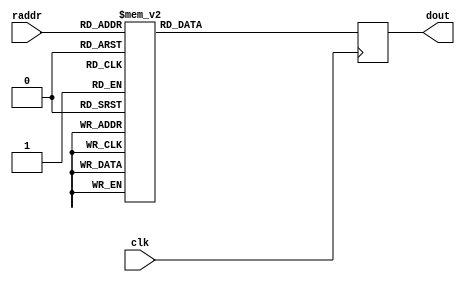

/*
The designers:

Ahmet Can Mert <ahmetcanmert@sabanciuniv.edu>
Ferhat Yaman <ferhatyaman@sabanciuniv.edu>

To the extent possible under law, the implementer has waived all copyright
and related or neighboring rights to the source code in this file.
http://creativecommons.org/publicdomain/zero/1.0/
*/


// read latency is 1 cc

module BROM (input             clk,
             input      [7:0]  raddr,
             output reg [47:0] dout);
// bram
(* rom_style="block" *) reg [12*4-1:0] blockrom [255:0]; // 222 is enough

// read operation
always @(posedge clk) begin
    case(raddr)
    // W
    8'd0  : dout <= {12'h6c1,12'h6c1,12'h6c1,12'h6c1};
    8'd1  : dout <= {12'ha14,12'ha14,12'ha14,12'ha14};
    8'd2  : dout <= {12'hcd9,12'hcd9,12'hcd9,12'hcd9};
    8'd3  : dout <= {12'ha52,12'ha52,12'ha52,12'ha52};
    8'd4  : dout <= {12'h276,12'h276,12'h276,12'h276};
    8'd5  : dout <= {12'h769,12'h769,12'h769,12'h769};
    8'd6  : dout <= {12'h350,12'h350,12'h350,12'h350};
    8'd7  : dout <= {12'h426,12'h426,12'h426,12'h426};
    8'd8  : dout <= {12'h77f,12'h77f,12'h77f,12'h77f};
    8'd9  : dout <= {12'hc1 ,12'hc1 ,12'hc1 ,12'hc1 };
    8'd10 : dout <= {12'h31d,12'h31d,12'h31d,12'h31d};
    8'd11 : dout <= {12'hae2,12'hae2,12'hae2,12'hae2};
    8'd12 : dout <= {12'hcbc,12'hcbc,12'hcbc,12'hcbc};
    8'd13 : dout <= {12'h239,12'h239,12'h239,12'h239};
    8'd14 : dout <= {12'h6d2,12'h6d2,12'h6d2,12'h6d2};
    8'd15 : dout <= {12'h128,12'h128,12'h128,12'h128};
    8'd16 : dout <= {12'h98f,12'h98f,12'h98f,12'h98f};
    8'd17 : dout <= {12'h53b,12'h53b,12'h53b,12'h53b};
    8'd18 : dout <= {12'h5c4,12'h5c4,12'h5c4,12'h5c4};
    8'd19 : dout <= {12'hbe6,12'hbe6,12'hbe6,12'hbe6};
    8'd20 : dout <= {12'h38 ,12'h38 ,12'h38 ,12'h38 };
    8'd21 : dout <= {12'h8c0,12'h8c0,12'h8c0,12'h8c0};
    8'd22 : dout <= {12'h535,12'h535,12'h535,12'h535};
    8'd23 : dout <= {12'h592,12'h592,12'h592,12'h592};
    8'd24 : dout <= {12'h82e,12'h82e,12'h82e,12'h82e};
    8'd25 : dout <= {12'h217,12'h217,12'h217,12'h217};
    8'd26 : dout <= {12'hb42,12'hb42,12'hb42,12'hb42};
    8'd27 : dout <= {12'h959,12'h959,12'h959,12'h959};
    8'd28 : dout <= {12'hb3f,12'hb3f,12'hb3f,12'hb3f};
    8'd29 : dout <= {12'h7b6,12'h7b6,12'h7b6,12'h7b6};
    8'd30 : dout <= {12'h335,12'h335,12'h335,12'h335};
    8'd31 : dout <= {12'h121,12'h121,12'h121,12'h121};
    8'd32 : dout <= {12'h14b,12'h14b,12'h14b,12'h14b};
    8'd33 : dout <= {12'hcb5,12'hcb5,12'hcb5,12'hcb5};
    8'd34 : dout <= {12'h6dc,12'h6dc,12'h6dc,12'h6dc};
    8'd35 : dout <= {12'h4ad,12'h4ad,12'h4ad,12'h4ad};
    8'd36 : dout <= {12'h900,12'h900,12'h900,12'h900};
    8'd37 : dout <= {12'h8e5,12'h8e5,12'h8e5,12'h8e5};
    8'd38 : dout <= {12'h807,12'h807,12'h807,12'h807};
    8'd39 : dout <= {12'h28a,12'h28a,12'h28a,12'h28a};
    8'd40 : dout <= {12'h7b9,12'h7b9,12'h7b9,12'h7b9};
    8'd41 : dout <= {12'h9d1,12'h9d1,12'h9d1,12'h9d1};
    8'd42 : dout <= {12'h278,12'h278,12'h278,12'h278};
    8'd43 : dout <= {12'hb31,12'hb31,12'hb31,12'hb31};
    8'd44 : dout <= {12'h21 ,12'h21 ,12'h21 ,12'h21 };
    8'd45 : dout <= {12'h528,12'h528,12'h528,12'h528};
    8'd46 : dout <= {12'h77b,12'h77b,12'h77b,12'h77b};
    8'd47 : dout <= {12'h90f,12'h90f,12'h90f,12'h90f};
    8'd48 : dout <= {12'h59b,12'h59b,12'h59b,12'h59b};
    8'd49 : dout <= {12'h327,12'h327,12'h327,12'h327};
    8'd50 : dout <= {12'h1c4,12'h1c4,12'h1c4,12'h1c4};
    8'd51 : dout <= {12'h59e,12'h59e,12'h59e,12'h59e};
    8'd52 : dout <= {12'hb34,12'hb34,12'hb34,12'hb34};
    8'd53 : dout <= {12'h5fe,12'h5fe,12'h5fe,12'h5fe};
    8'd54 : dout <= {12'h962,12'h962,12'h962,12'h962};
    8'd55 : dout <= {12'ha57,12'ha57,12'ha57,12'ha57};
    8'd56 : dout <= {12'ha39,12'ha39,12'ha39,12'ha39};
    8'd57 : dout <= {12'h5c9,12'h5c9,12'h5c9,12'h5c9};
    8'd58 : dout <= {12'h288,12'h288,12'h288,12'h288};
    8'd59 : dout <= {12'h9aa,12'h9aa,12'h9aa,12'h9aa};
    8'd60 : dout <= {12'hc26,12'hc26,12'hc26,12'hc26};
    8'd61 : dout <= {12'h4cb,12'h4cb,12'h4cb,12'h4cb};
    8'd62 : dout <= {12'h38e,12'h38e,12'h38e,12'h38e};
    8'd63 : dout <= {12'h11 ,12'h11 ,12'hac9,12'hac9};
    8'd64 : dout <= {12'h247,12'h247,12'ha59,12'ha59};
    8'd65 : dout <= {12'h665,12'h665,12'h2d3,12'h2d3};
    8'd66 : dout <= {12'h8f0,12'h8f0,12'h44c,12'h44c};
    8'd67 : dout <= {12'h581,12'h581,12'ha66,12'ha66};
    8'd68 : dout <= {12'hcd1,12'hcd1,12'he9 ,12'he9 };
    8'd69 : dout <= {12'h2f4,12'h2f4,12'h86c,12'h86c};
    8'd70 : dout <= {12'hbc7,12'hbc7,12'hbea,12'hbea};
    8'd71 : dout <= {12'h6a7,12'h6a7,12'h673,12'h673};
    8'd72 : dout <= {12'hae5,12'hae5,12'h6fd,12'h6fd};
    8'd73 : dout <= {12'h737,12'h737,12'h3b8,12'h3b8};
    8'd74 : dout <= {12'h5b5,12'h5b5,12'ha7f,12'ha7f};
    8'd75 : dout <= {12'h3ab,12'h3ab,12'h904,12'h904};
    8'd76 : dout <= {12'h985,12'h985,12'h954,12'h954};
    8'd77 : dout <= {12'h2dd,12'h2dd,12'h921,12'h921};
    8'd78 : dout <= {12'h10c,12'h10c,12'h281,12'h281};
    8'd79 : dout <= {12'h630,12'h630,12'h8fa,12'h8fa};
    8'd80 : dout <= {12'h7f5,12'h7f5,12'hc94,12'hc94};
    8'd81 : dout <= {12'h177,12'h177,12'h9f5,12'h9f5};
    8'd82 : dout <= {12'h82a,12'h82a,12'h66d,12'h66d};
    8'd83 : dout <= {12'h427,12'h427,12'h13f,12'h13f};
    8'd84 : dout <= {12'had5,12'had5,12'h2f5,12'h2f5};
    8'd85 : dout <= {12'h833,12'h833,12'h231,12'h231};
    8'd86 : dout <= {12'h9a2,12'h9a2,12'ha22,12'ha22};
    8'd87 : dout <= {12'haf4,12'haf4,12'h444,12'h444};
    8'd88 : dout <= {12'h193,12'h193,12'h402,12'h402};
    8'd89 : dout <= {12'h477,12'h477,12'h866,12'h866};
    8'd90 : dout <= {12'had7,12'had7,12'h376,12'h376};
    8'd91 : dout <= {12'h6ba,12'h6ba,12'h4bc,12'h4bc};
    8'd92 : dout <= {12'h752,12'h752,12'h405,12'h405};
    8'd93 : dout <= {12'h83e,12'h83e,12'hb77,12'hb77};
    8'd94 : dout <= {12'h375,12'h375,12'h86a,12'h86a};
    // WINV
    8'd95 : dout <= {12'h497,12'h497,12'h98c,12'h98c};
    8'd96 : dout <= {12'h18a,12'h18a,12'h4c3,12'h4c3};
    8'd97 : dout <= {12'h8fc,12'h8fc,12'h5af,12'h5af};
    8'd98 : dout <= {12'h845,12'h845,12'h647,12'h647};
    8'd99 : dout <= {12'h98b,12'h98b,12'h22a,12'h22a};
    8'd100: dout <= {12'h49b,12'h49b,12'h88a,12'h88a};
    8'd101: dout <= {12'h8ff,12'h8ff,12'hb6e,12'hb6e};
    8'd102: dout <= {12'h8bd,12'h8bd,12'h20d,12'h20d};
    8'd103: dout <= {12'h2df,12'h2df,12'h35f,12'h35f};
    8'd104: dout <= {12'had0,12'had0,12'h4ce,12'h4ce};
    8'd105: dout <= {12'ha0c,12'ha0c,12'h22c,12'h22c};
    8'd106: dout <= {12'hbc2,12'hbc2,12'h8da,12'h8da};
    8'd107: dout <= {12'h694,12'h694,12'h4d7,12'h4d7};
    8'd108: dout <= {12'h30c,12'h30c,12'hb8a,12'hb8a};
    8'd109: dout <= {12'h6d ,12'h6d ,12'h50c,12'h50c};
    8'd110: dout <= {12'h407,12'h407,12'h6d1,12'h6d1};
    8'd111: dout <= {12'ha80,12'ha80,12'hbf5,12'hbf5};
    8'd112: dout <= {12'h3e0,12'h3e0,12'ha24,12'ha24};
    8'd113: dout <= {12'h3ad,12'h3ad,12'h37c,12'h37c};
    8'd114: dout <= {12'h3fd,12'h3fd,12'h956,12'h956};
    8'd115: dout <= {12'h282,12'h282,12'h74c,12'h74c};
    8'd116: dout <= {12'h949,12'h949,12'h5ca,12'h5ca};
    8'd117: dout <= {12'h604,12'h604,12'h21c,12'h21c};
    8'd118: dout <= {12'h68e,12'h68e,12'h65a,12'h65a};
    8'd119: dout <= {12'h117,12'h117,12'h13a,12'h13a};
    8'd120: dout <= {12'h495,12'h495,12'ha0d,12'ha0d};
    8'd121: dout <= {12'hc18,12'hc18,12'h30 ,12'h30 };
    8'd122: dout <= {12'h29b,12'h29b,12'h780,12'h780};
    8'd123: dout <= {12'h8b5,12'h8b5,12'h411,12'h411};
    8'd124: dout <= {12'ha2e,12'ha2e,12'h69c,12'h69c};
    8'd125: dout <= {12'h2a8,12'h2a8,12'haba,12'haba};
    8'd126: dout <= {12'h238,12'h238,12'hcf0,12'hcf0};
    8'd127: dout <= {12'h973,12'h973,12'h973,12'h973};
    8'd128: dout <= {12'h836,12'h836,12'h836,12'h836};
    8'd129: dout <= {12'hdb ,12'hdb ,12'hdb ,12'hdb };
    8'd130: dout <= {12'h357,12'h357,12'h357,12'h357};
    8'd131: dout <= {12'ha79,12'ha79,12'ha79,12'ha79};
    8'd132: dout <= {12'h738,12'h738,12'h738,12'h738};
    8'd133: dout <= {12'h2c8,12'h2c8,12'h2c8,12'h2c8};
    8'd134: dout <= {12'h2aa,12'h2aa,12'h2aa,12'h2aa};
    8'd135: dout <= {12'h39f,12'h39f,12'h39f,12'h39f};
    8'd136: dout <= {12'h703,12'h703,12'h703,12'h703};
    8'd137: dout <= {12'h1cd,12'h1cd,12'h1cd,12'h1cd};
    8'd138: dout <= {12'h763,12'h763,12'h763,12'h763};
    8'd139: dout <= {12'hb3d,12'hb3d,12'hb3d,12'hb3d};
    8'd140: dout <= {12'h9da,12'h9da,12'h9da,12'h9da};
    8'd141: dout <= {12'h766,12'h766,12'h766,12'h766};
    8'd142: dout <= {12'h3f2,12'h3f2,12'h3f2,12'h3f2};
    8'd143: dout <= {12'h586,12'h586,12'h586,12'h586};
    8'd144: dout <= {12'h7d9,12'h7d9,12'h7d9,12'h7d9};
    8'd145: dout <= {12'hce0,12'hce0,12'hce0,12'hce0};
    8'd146: dout <= {12'h1d0,12'h1d0,12'h1d0,12'h1d0};
    8'd147: dout <= {12'ha89,12'ha89,12'ha89,12'ha89};
    8'd148: dout <= {12'h330,12'h330,12'h330,12'h330};
    8'd149: dout <= {12'h548,12'h548,12'h548,12'h548};
    8'd150: dout <= {12'ha77,12'ha77,12'ha77,12'ha77};
    8'd151: dout <= {12'h4fa,12'h4fa,12'h4fa,12'h4fa};
    8'd152: dout <= {12'h41c,12'h41c,12'h41c,12'h41c};
    8'd153: dout <= {12'h401,12'h401,12'h401,12'h401};
    8'd154: dout <= {12'h854,12'h854,12'h854,12'h854};
    8'd155: dout <= {12'h625,12'h625,12'h625,12'h625};
    8'd156: dout <= {12'h4c ,12'h4c ,12'h4c ,12'h4c };
    8'd157: dout <= {12'hbb6,12'hbb6,12'hbb6,12'hbb6};
    8'd158: dout <= {12'hbe0,12'hbe0,12'hbe0,12'hbe0};
    8'd159: dout <= {12'h9cc,12'h9cc,12'h9cc,12'h9cc};
    8'd160: dout <= {12'h54b,12'h54b,12'h54b,12'h54b};
    8'd161: dout <= {12'h1c2,12'h1c2,12'h1c2,12'h1c2};
    8'd162: dout <= {12'h3a8,12'h3a8,12'h3a8,12'h3a8};
    8'd163: dout <= {12'h1bf,12'h1bf,12'h1bf,12'h1bf};
    8'd164: dout <= {12'haea,12'haea,12'haea,12'haea};
    8'd165: dout <= {12'h4d3,12'h4d3,12'h4d3,12'h4d3};
    8'd166: dout <= {12'h76f,12'h76f,12'h76f,12'h76f};
    8'd167: dout <= {12'h7cc,12'h7cc,12'h7cc,12'h7cc};
    8'd168: dout <= {12'h441,12'h441,12'h441,12'h441};
    8'd169: dout <= {12'hcc9,12'hcc9,12'hcc9,12'hcc9};
    8'd170: dout <= {12'h11b,12'h11b,12'h11b,12'h11b};
    8'd171: dout <= {12'h73d,12'h73d,12'h73d,12'h73d};
    8'd172: dout <= {12'h7c6,12'h7c6,12'h7c6,12'h7c6};
    8'd173: dout <= {12'h372,12'h372,12'h372,12'h372};
    8'd174: dout <= {12'hbd9,12'hbd9,12'hbd9,12'hbd9};
    8'd175: dout <= {12'h62f,12'h62f,12'h62f,12'h62f};
    8'd176: dout <= {12'hac8,12'hac8,12'hac8,12'hac8};
    8'd177: dout <= {12'h45 ,12'h45 ,12'h45 ,12'h45 };
    8'd178: dout <= {12'h21f,12'h21f,12'h21f,12'h21f};
    8'd179: dout <= {12'h9e4,12'h9e4,12'h9e4,12'h9e4};
    8'd180: dout <= {12'hc40,12'hc40,12'hc40,12'hc40};
    8'd181: dout <= {12'h582,12'h582,12'h582,12'h582};
    8'd182: dout <= {12'h8db,12'h8db,12'h8db,12'h8db};
    8'd183: dout <= {12'h9b1,12'h9b1,12'h9b1,12'h9b1};
    8'd184: dout <= {12'h598,12'h598,12'h598,12'h598};
    8'd185: dout <= {12'ha8b,12'ha8b,12'ha8b,12'ha8b};
    8'd186: dout <= {12'h2af,12'h2af,12'h2af,12'h2af};
    8'd187: dout <= {12'h28 ,12'h28 ,12'h28 ,12'h28 };
    8'd188: dout <= {12'h2ed,12'h2ed,12'h2ed,12'h2ed};
    8'd189: dout <= {12'h640,12'h640,12'h640,12'h640};
    // WP?
    8'd190: dout <= {12'h11 ,12'hcf0,12'hac9,12'h238};
    8'd191: dout <= {12'h247,12'haba,12'ha59,12'h2a8};
    8'd192: dout <= {12'h665,12'h69c,12'h2d3,12'ha2e};
    8'd193: dout <= {12'h8f0,12'h411,12'h44c,12'h8b5};
    8'd194: dout <= {12'h581,12'h780,12'ha66,12'h29b};
    8'd195: dout <= {12'hcd1,12'h30 ,12'he9 ,12'hc18};
    8'd196: dout <= {12'h2f4,12'ha0d,12'h86c,12'h495};
    8'd197: dout <= {12'hbc7,12'h13a,12'hbea,12'h117};
    8'd198: dout <= {12'h6a7,12'h65a,12'h673,12'h68e};
    8'd199: dout <= {12'hae5,12'h21c,12'h6fd,12'h604};
    8'd200: dout <= {12'h737,12'h5ca,12'h3b8,12'h949};
    8'd201: dout <= {12'h5b5,12'h74c,12'ha7f,12'h282};
    8'd202: dout <= {12'h3ab,12'h956,12'h904,12'h3fd};
    8'd203: dout <= {12'h985,12'h37c,12'h954,12'h3ad};
    8'd204: dout <= {12'h2dd,12'ha24,12'h921,12'h3e0};
    8'd205: dout <= {12'h10c,12'hbf5,12'h281,12'ha80};
    8'd206: dout <= {12'h630,12'h6d1,12'h8fa,12'h407};
    8'd207: dout <= {12'h7f5,12'h50c,12'hc94,12'h6d };
    8'd208: dout <= {12'h177,12'hb8a,12'h9f5,12'h30c};
    8'd209: dout <= {12'h82a,12'h4d7,12'h66d,12'h694};
    8'd210: dout <= {12'h427,12'h8da,12'h13f,12'hbc2};
    8'd211: dout <= {12'had5,12'h22c,12'h2f5,12'ha0c};
    8'd212: dout <= {12'h833,12'h4ce,12'h231,12'had0};
    8'd213: dout <= {12'h9a2,12'h35f,12'ha22,12'h2df};
    8'd214: dout <= {12'haf4,12'h20d,12'h444,12'h8bd};
    8'd215: dout <= {12'h193,12'hb6e,12'h402,12'h8ff};
    8'd216: dout <= {12'h477,12'h88a,12'h866,12'h49b};
    8'd217: dout <= {12'had7,12'h22a,12'h376,12'h98b};
    8'd218: dout <= {12'h6ba,12'h647,12'h4bc,12'h845};
    8'd219: dout <= {12'h752,12'h5af,12'h405,12'h8fc};
    8'd220: dout <= {12'h83e,12'h4c3,12'hb77,12'h18a};
    8'd221: dout <= {12'h375,12'h98c,12'h86a,12'h497};
    default: dout <= 48'h0;
    endcase
end

endmodule